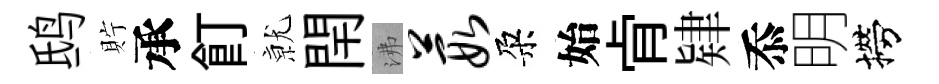
鸱貯承飣𭕒閈沸葭朶始肻肄忝明撈